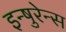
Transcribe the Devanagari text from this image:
इन्षुरेन्स